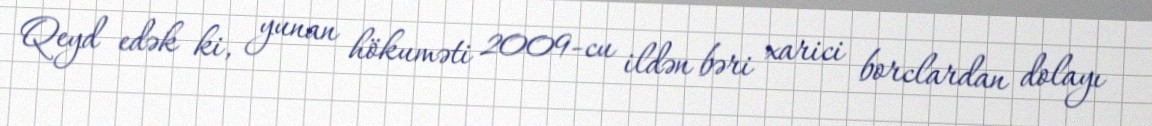
Qeyd edək ki, yunan hökuməti 2009-cu ildən bəri xarici borclardan dolayı